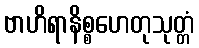
ဗာဟိရာနိစ္စဟေတုသုတ္တံ